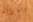
السلالة